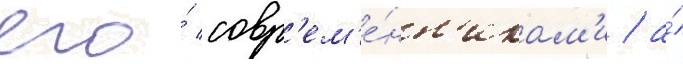
его́ совр'ем'е́нн'икам'и / а́